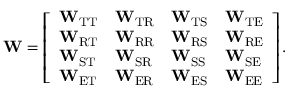
\mathbf { W } = \left[ \begin{array} { l l l l } { \mathbf { W } _ { \mathrm { T T } } } & { \mathbf { W } _ { \mathrm { T R } } } & { \mathbf { W } _ { \mathrm { T S } } } & { \mathbf { W } _ { \mathrm { T E } } } \\ { \mathbf { W } _ { \mathrm { R T } } } & { \mathbf { W } _ { \mathrm { R R } } } & { \mathbf { W } _ { \mathrm { R S } } } & { \mathbf { W } _ { \mathrm { R E } } } \\ { \mathbf { W } _ { \mathrm { S T } } } & { \mathbf { W } _ { \mathrm { S R } } } & { \mathbf { W } _ { \mathrm { S S } } } & { \mathbf { W } _ { \mathrm { S E } } } \\ { \mathbf { W } _ { \mathrm { E T } } } & { \mathbf { W } _ { \mathrm { E R } } } & { \mathbf { W } _ { \mathrm { E S } } } & { \mathbf { W } _ { \mathrm { E E } } } \end{array} \right] .